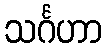
သင်္ဂဟာ